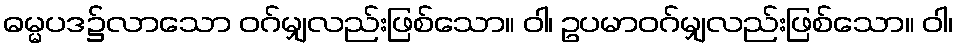
ဓမ္မပဒ၌လာသော ဝဂ်မျှလည်းဖြစ်သော။ ဝါ၊ ဥပမာဝဂ်မျှလည်းဖြစ်သော။ ဝါ၊